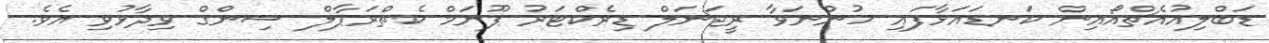
ޑަބްލިއުއެޗްއޯއިން ކަނޑައަޅާފައި ހުންނަވާ ރީޖަނަލް ޑިރެކްޓަރު ޕޫނަމް ކެތްރަޕާލް ސިންގް ވިދާޅުވި އެވެ.